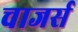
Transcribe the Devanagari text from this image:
चाजर्स